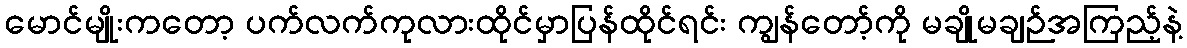
မောင်မျိုးကတော့ ပက်လက်ကုလားထိုင်မှာပြန်ထိုင်ရင်း ကျွန်တော့်ကို မချိုမချဉ်အကြည့်နဲ့